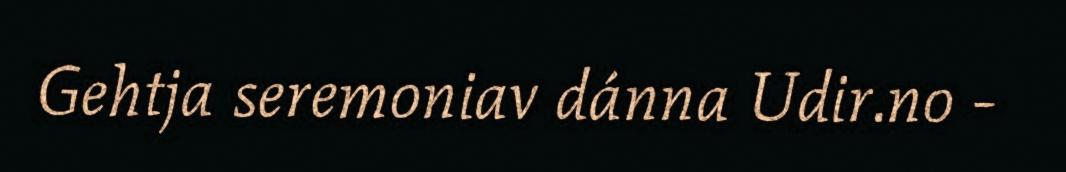
Gehtja seremoniav dánna Udir.no -